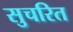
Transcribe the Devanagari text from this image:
सुचरित